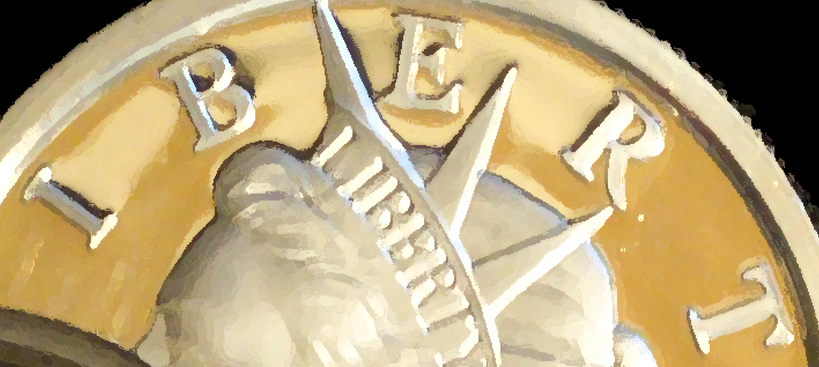
IBERT